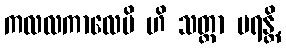
ကလလကာလေပိ ဟိ သတ္တာ မရန္တိ,